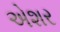
એશર